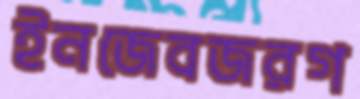
ইনজেবজরগ